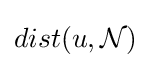
dist(u,{\mathcal {N}})